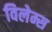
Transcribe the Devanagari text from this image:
विलेम्स